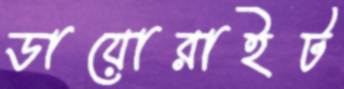
ডায়োরাইট